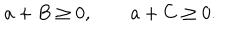
LaTeX: a + B \geq 0 , \qquad a + C \geq 0 .